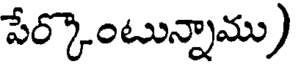
పేర్కొంటున్నాము)